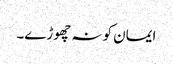
ایمان کو نہ چھوڑے۔